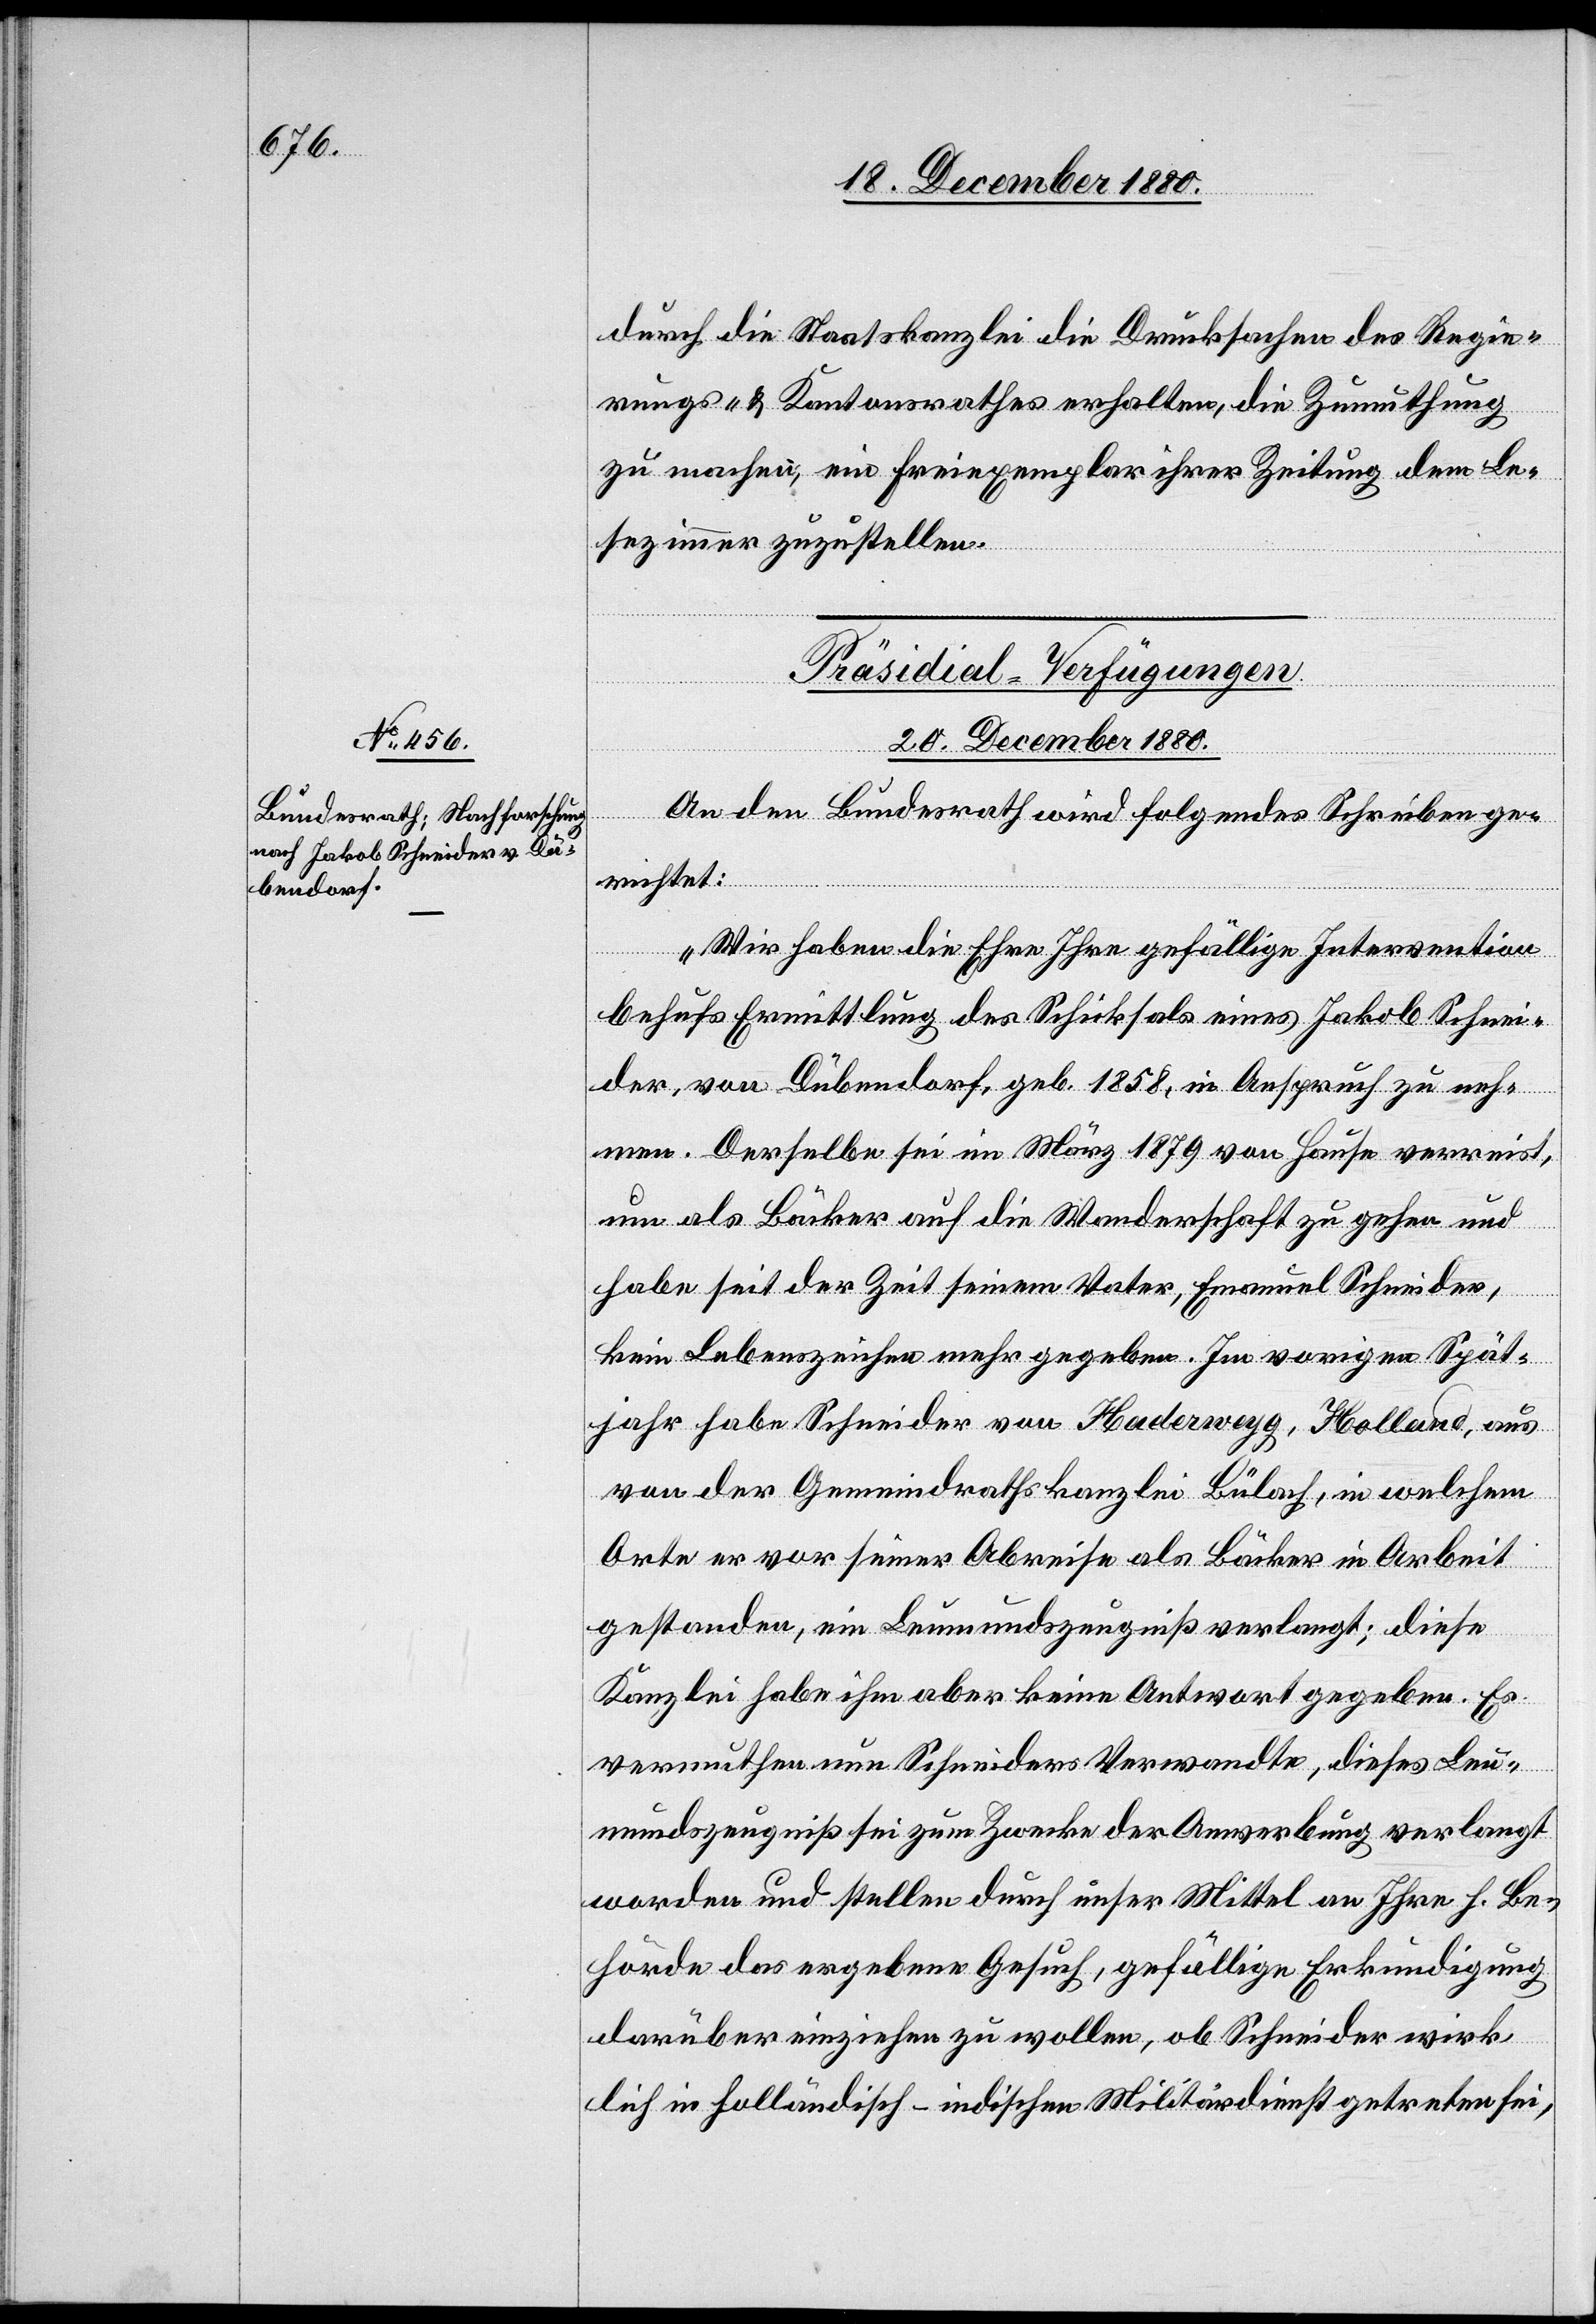
durch die Staatskanzlei die Drucksachen des Regie¬
rungs- & Kantonsrathes erhalten, die Zumutung
zu machen, ein Freiexemplar ihrer Zeitung dem Le¬
sezimmer zuzustellen.
Präsidial-Verfügungen.
20. December 1880.
An den Bundesrath wird folgendes Schreiben ge¬
richtet:
„Wir haben die Ehre Ihre gefällige Intervention
behufs Ermittlung des Schicksals eines Jakob Schnei¬
der, von Dübendorf, geb. 1858, in Anspruch zu neh¬
men. Derselbe sei im März 1879 von [zu] Hause verreist,
um als Bäcker auf die Wanderschaft zu gehen und
habe seit der Zeit seinem Vater, Emanuel Schneider,
kein Lebenszeichen mehr gegeben. Im vorigen Spät¬
jahr habe Schneider von Haderwegg, Holland, aus
von der Gemeindrathskanzlei Bülach, in welchem
Orte er vor seiner Abreise als Bäcker in Arbeit
gestanden, ein Leumundszeugniß verlangt; diese
Kanzlei habe ihm aber keine Antwort gegeben. Es
vermuthen nun Schneiders Verwandte, dieses Leu¬
mundszeugniß sei zum Zwecke der Anwerbung verlangt
worden und stellen durch unser Mittel an Ihre h. Be¬
hörde das ergebene Gesuch, gefällige Erkundigung
darüber einziehen zu wollen, ob Schneider wirk¬
lich in holländisch-indischen Militärdienst getreten sei,